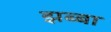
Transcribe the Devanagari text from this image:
झब्बा